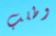
وطلب